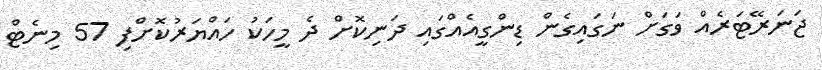
ޖަނަރޭޓަރެއް ވަގަށް ނަގައިގެން ޑިންގީއެއްގައި ދަނިކޮށް ދެ މީހަކު ހައްޔަރުކޮށްފި 57 މިނެޓް